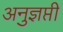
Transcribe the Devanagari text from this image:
अनुज्ञप्ती